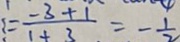
= \frac { - 3 + 1 } { 1 + 3 } = - \frac { 1 } { 2 }